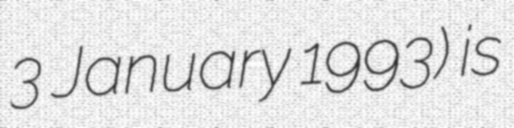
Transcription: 3 January 1993) is